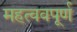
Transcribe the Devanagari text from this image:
महत्ववपूर्ण